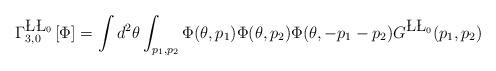
LaTeX: \begin{align*}\Gamma^{\L\L_0}_{3,0}\left[\Phi\right] = \int d^2 \theta \int_{p_1,p_2}\Phi(\theta, p_1)\Phi(\theta,p_2) \Phi(\theta,-p_1-p_2)G^{\L\L_0}(p_1,p_2)\end{align*}